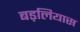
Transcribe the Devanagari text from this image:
बड़लियास